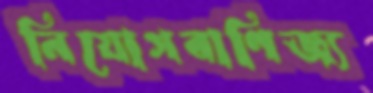
নিয়োগবাণিজ্য